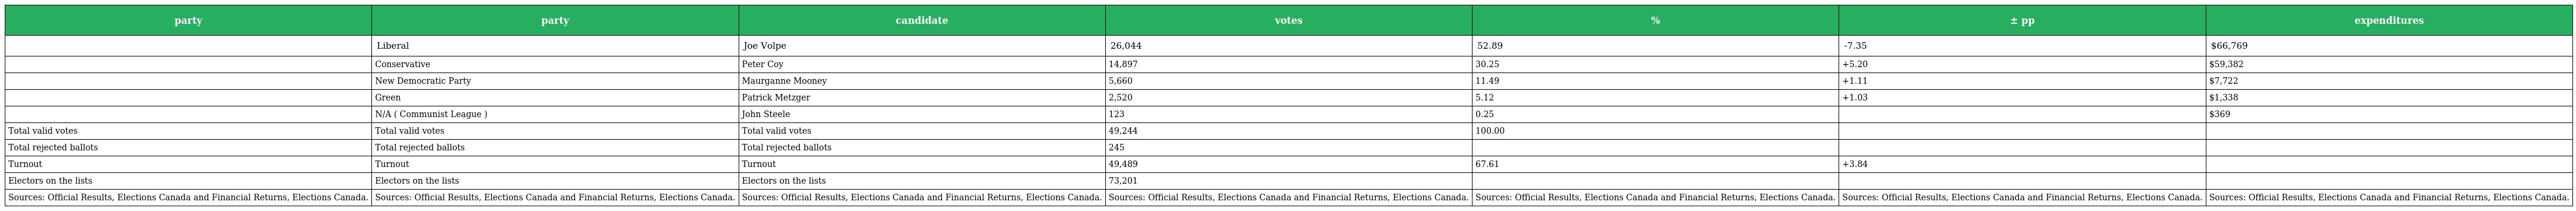
| party | party | candidate | votes | % | ± pp | expenditures |
 | --- | --- | --- | --- | --- | --- | --- |
 |  | Liberal | Joe Volpe | 26,044 | 52.89 | -7.35 | $66,769 |
 |  | Conservative | Peter Coy | 14,897 | 30.25 | +5.20 | $59,382 |
 |  | New Democratic Party | Maurganne Mooney | 5,660 | 11.49 | +1.11 | $7,722 |
 |  | Green | Patrick Metzger | 2,520 | 5.12 | +1.03 | $1,338 |
 |  | N/A ( Communist League ) | John Steele | 123 | 0.25 |  | $369 |
 | Total valid votes | Total valid votes | Total valid votes | 49,244 | 100.00 |  |  |
 | Total rejected ballots | Total rejected ballots | Total rejected ballots | 245 |  |  |  |
 | Turnout | Turnout | Turnout | 49,489 | 67.61 | +3.84 |  |
 | Electors on the lists | Electors on the lists | Electors on the lists | 73,201 |  |  |  |
 | Sources: Official Results, Elections Canada and Financial Returns, Elections Canada. | Sources: Official Results, Elections Canada and Financial Returns, Elections Canada. | Sources: Official Results, Elections Canada and Financial Returns, Elections Canada. | Sources: Official Results, Elections Canada and Financial Returns, Elections Canada. | Sources: Official Results, Elections Canada and Financial Returns, Elections Canada. | Sources: Official Results, Elections Canada and Financial Returns, Elections Canada. | Sources: Official Results, Elections Canada and Financial Returns, Elections Canada. |